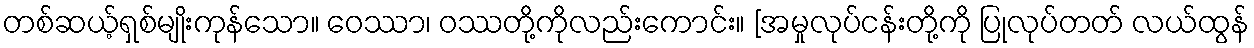
တစ်ဆယ့်ရှစ်မျိုးကုန်သော။ ဝေဿာ၊ ဝဿတို့ကိုလည်းကောင်း။ [အမှုလုပ်ငန်းတို့ကို ပြုလုပ်တတ် လယ်ထွန်